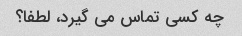
چه کسی تماس می گیرد، لطفا؟